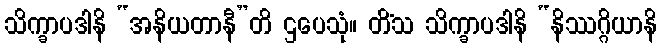
သိက္ခာပဒါနိ “အနိယတာနီ”တိ ဌပေသုံ။ တိံသ သိက္ခာပဒါနိ “နိဿဂ္ဂိယာနိ